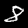
Digit: 8